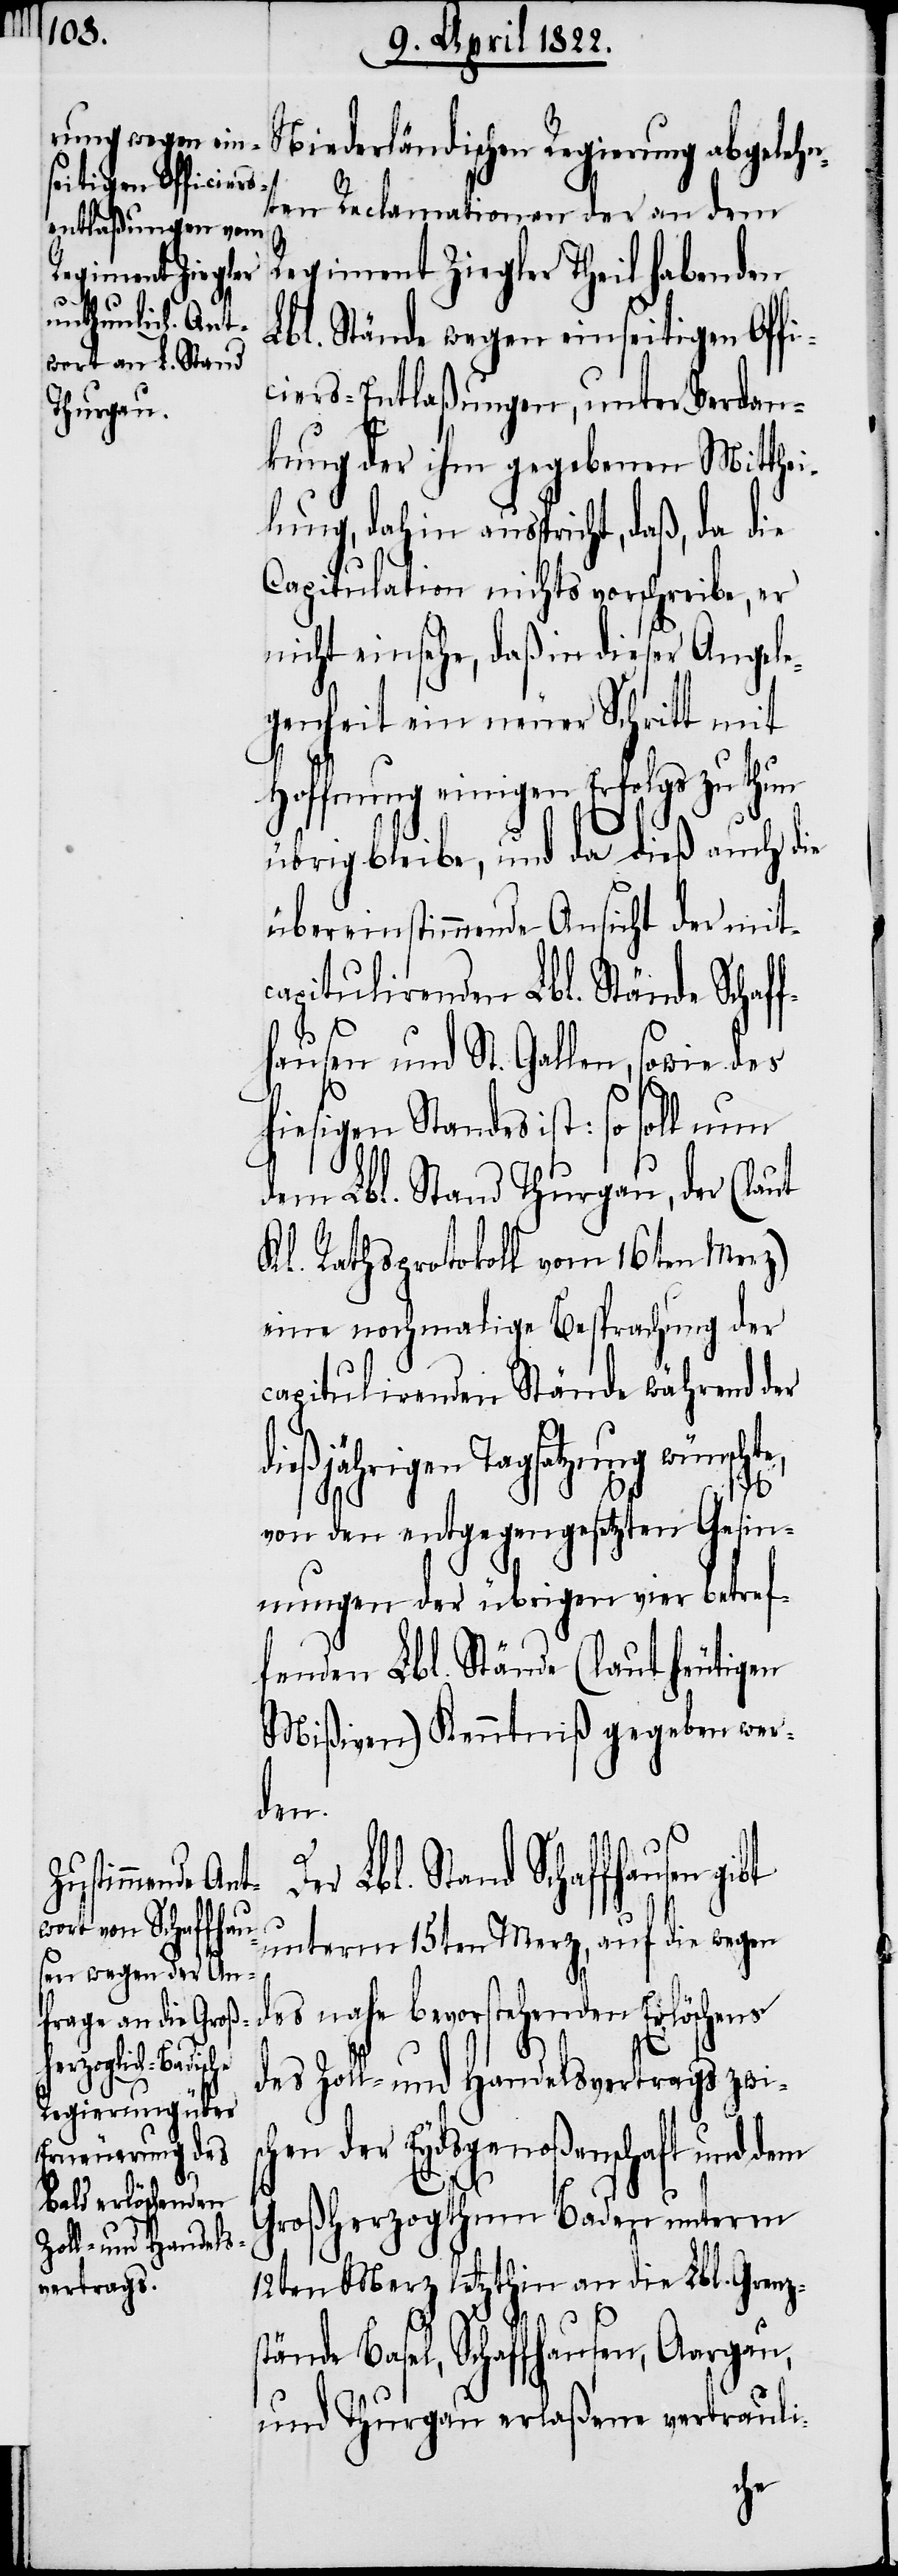
Niederländischen Regierung abgelehn¬
d¬
ten Reclamationen der an dem
Regiment Ziegler Theil habenden
Lbl. Stände wegen einseitigen Offi¬
ciers-Entlaßungen, unter Verdan¬
kung der ihm gegebenen Mitthei¬
lung, dahin ausspricht, daß, da die
Capitulation nichts vorschreibe, er
nicht einsehe, daß in dieser Angele¬
genheit ein neuer Schritt mit
Hoffnung einigen Erfolgs zu thun
übrig bleibe, und da dieß auch die
übereinstimmende Ansicht der mit¬
capitulirenden Lbl. Stände Schaf¬
fhausen und St. Gallen, sowie des
hiesigen Standes ist: so soll nun
dem Lbl. Stand Thurgau, der (laut
Kl. Rathsprotokoll vom 16ten Merz)
eine nochmalige Besprachung der
capitulirenden Stände während der
ießjährigen Tagsatzung wünsch¬
te,
von den entgegengesetzten Gesin¬
nungen der übrigen vier betref¬
fenden Lbl. Stände (laut heutigen
Mißiven) Kenntniß gegeben wer¬
den.
Lbl. Stand Schaffhausen
unterm 15ten Merz, auf die wegen
des nahe bevorstehenden Erlöschens
des Zoll- und Handelsvertrags zwis¬
chen der Eydsgenoßenschaft und dem
Großherzogthum Baden unterm
12ten Merz letzthin an die Lbl. Grenzs¬
tände Basel, Schaffhausen, Aargau,
und Thurgau erlaßene vertrauli-